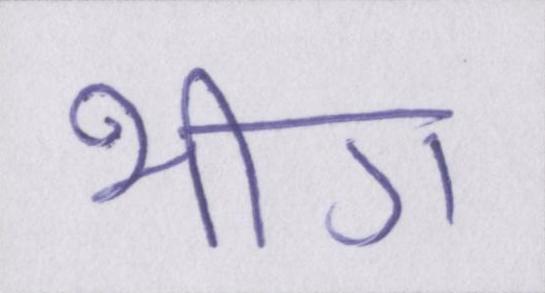
भीग